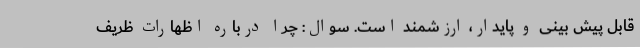
قابل پیش بینی و پایدار، ارزشمند است. سوال: چرا درباره اظهارات ظریف